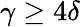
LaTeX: \gamma\geq 4\delta